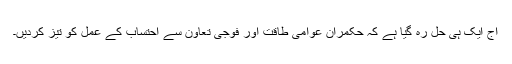
آج ایک ہی حل رہ گیا ہے کہ حکمران عوامی طاقت اور فوجی تعاون سے احتساب کے عمل کو تیز کردیں۔